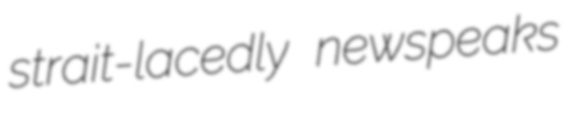
strait-lacedly newspeaks